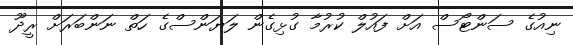
ނިއުގެ ސަންޓޯސް އަށް ފައުލް ކުރުމާ ގުޅިގެން ލަޔަންސްގެ ހަތް ނަންބަރަށް ރީދޫ